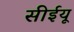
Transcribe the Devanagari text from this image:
सीईयू